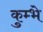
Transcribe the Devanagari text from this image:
कुम्भे